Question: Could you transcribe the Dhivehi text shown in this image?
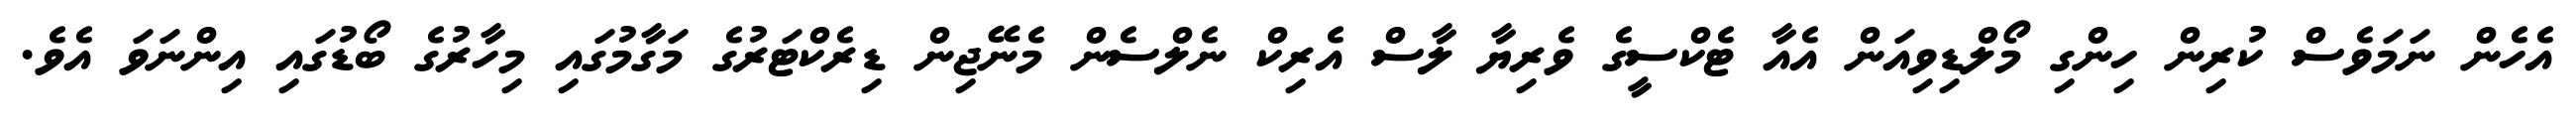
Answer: އެހެން ނަމަވެސް ކުރިން ހިންގި މޯލްޑިވިއަން އެއާ ޓެކްސީގެ ވެރިޔާ ލާސް އެރިކް ނެލްސެން މެނޭޖިން ޑިރެކްޓަރުގެ މަގާމުގައި މިހާރުގެ ބޯޑުގައި އިންނަވަ އެވެ.